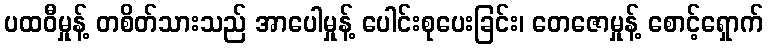
ပထဝီမှုန့် တစိတ်သားသည် အာပေါမှုန့် ပေါင်းစုပေးခြင်း၊ တေဇောမှုန့် စောင့်ရှောက်